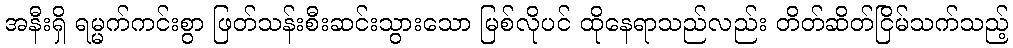
အနီးရှိ ရမ္မက်ကင်းစွာ ဖြတ်သန်းစီးဆင်းသွားသော မြစ်လိုပင် ထိုနေရာသည်လည်း တိတ်ဆိတ်ငြိမ်သက်သည့်